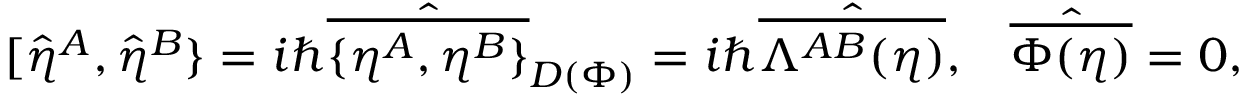
[ \hat { \eta } ^ { A } , \hat { \eta } ^ { B } \} = i \hbar \hat { \overline { { { \{ \eta ^ { A } , \eta ^ { B } \} } } } } _ { D ( \Phi ) } = i \hbar \hat { \overline { { { \Lambda ^ { A B } ( \eta ) } } } } , \; \; \; \hat { \overline { { { \Phi ( \eta ) } } } } = 0 ,